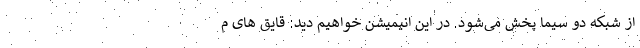
از شبکه دو سیما پخش می‌شود. در این انیمیشن خواهیم دید: قایق های م